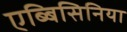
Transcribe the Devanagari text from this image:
एब्बिसिनिया